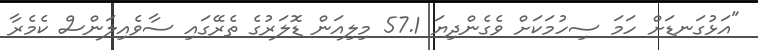
"އަޅުގަނޑަށް ހަމަ ސިހުމަކަށް ވެގެންދިޔަ 57.1 މިލިއަން ޑޮލަރުގެ ތެރޭގައި ސާވެއިލަންސް ކެމެރާ